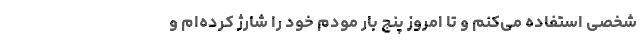
شخصی استفاده می‌کنم و تا امروز پنج بار مودم خود را شارژ کرده‌ام و